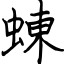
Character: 蝀